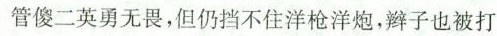
管傻二英勇无畏，但仍挡不住洋枪洋炮，辫子也被打